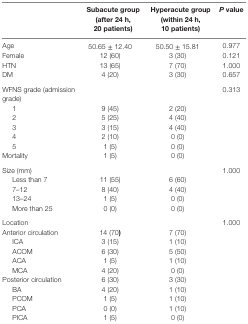
<table><thead><tr><td></td><td><b>Subacute group (after 24 h, 20 patients)</b></td><td><b>Hyperacute group (within 24 h, 10 patients)</b></td><td><b><i>P</i> value</b></td></tr></thead><tbody><tr><td>Age</td><td>50.65 ± 12.40</td><td>50.50 ± 15.81</td><td>0.977</td></tr><tr><td>Female</td><td>12 (60)</td><td>3 (30)</td><td>0.121</td></tr><tr><td>HTN</td><td>13 (65)</td><td>7 (70)</td><td>1.000</td></tr><tr><td>DM</td><td>4 (20)</td><td>3 (30)</td><td>0.657</td></tr><tr><td>WFNS grade (admission grade)</td><td></td><td></td><td>0.313</td></tr><tr><td> 1</td><td>9 (45)</td><td>2 (20)</td><td></td></tr><tr><td> 2</td><td>5 (25)</td><td>4 (40)</td><td></td></tr><tr><td> 3</td><td>3 (15)</td><td>4 (40)</td><td></td></tr><tr><td> 4</td><td>2 (10)</td><td>0 (0)</td><td></td></tr><tr><td> 5</td><td>1 (5)</td><td>0 (0)</td><td></td></tr><tr><td>Mortality</td><td>1 (5)</td><td>0 (0)</td><td></td></tr><tr><td>Size (mm)</td><td></td><td></td><td>1.000</td></tr><tr><td> Less than 7</td><td>11 (55)</td><td>6 (60)</td><td></td></tr><tr><td> 7–12</td><td>8 (40)</td><td>4 (40)</td><td></td></tr><tr><td> 13–24</td><td>1 (5)</td><td>0 (0)</td><td></td></tr><tr><td> More than 25</td><td>0 (0)</td><td>0 (0)</td><td></td></tr><tr><td>Location</td><td></td><td></td><td>1.000</td></tr><tr><td>Anterior circulation</td><td>14 (70)</td><td>7 (70)</td><td></td></tr><tr><td> ICA</td><td>3 (15)</td><td>1 (10)</td><td></td></tr><tr><td> ACOM</td><td>6 (30)</td><td>5 (50)</td><td></td></tr><tr><td> ACA</td><td>1 (5)</td><td>1 (10)</td><td></td></tr><tr><td> MCA</td><td>4 (20)</td><td>0 (0)</td><td></td></tr><tr><td>Posterior circulation</td><td>6 (30)</td><td>3 (30)</td><td></td></tr><tr><td> BA</td><td>4 (20)</td><td>1 (10)</td><td></td></tr><tr><td> PCOM</td><td>1 (5)</td><td>1 (10)</td><td></td></tr><tr><td> PCA</td><td>0 (0)</td><td>1 (10)</td><td></td></tr><tr><td> PICA</td><td>1 (5)</td><td>0 (0)</td><td></td></tr></tbody></table>